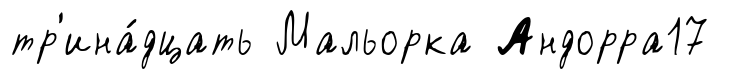
тр'ина́дцать Мальорка Андорра17